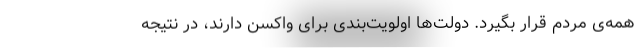
همه‌ی مردم قرار بگیرد. دولت‌ها اولویت‌بندی برای واکسن دارند، در نتیجه